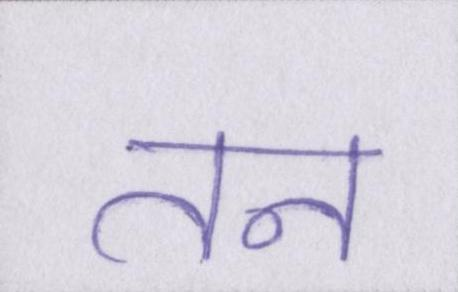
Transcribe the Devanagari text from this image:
तन